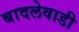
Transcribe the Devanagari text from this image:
बादलेवाडी